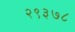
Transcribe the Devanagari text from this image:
२९३७८